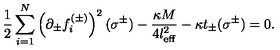
\frac 1 2 \sum _ { i = 1 } ^ { N } \left( \partial _ { \pm } f _ { i } ^ { ( \pm ) } \right) ^ { 2 } ( \sigma ^ { \pm } ) - \frac { \kappa M } { 4 l _ { \mathrm { e f f } } ^ { 2 } } - \kappa t _ { \pm } ( \sigma ^ { \pm } ) = 0 .